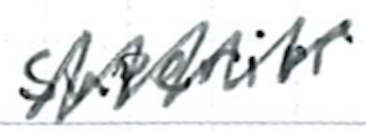
Text: superior
Cross-out: zig-zag
Writing tool: ballpoint